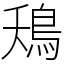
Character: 鴁